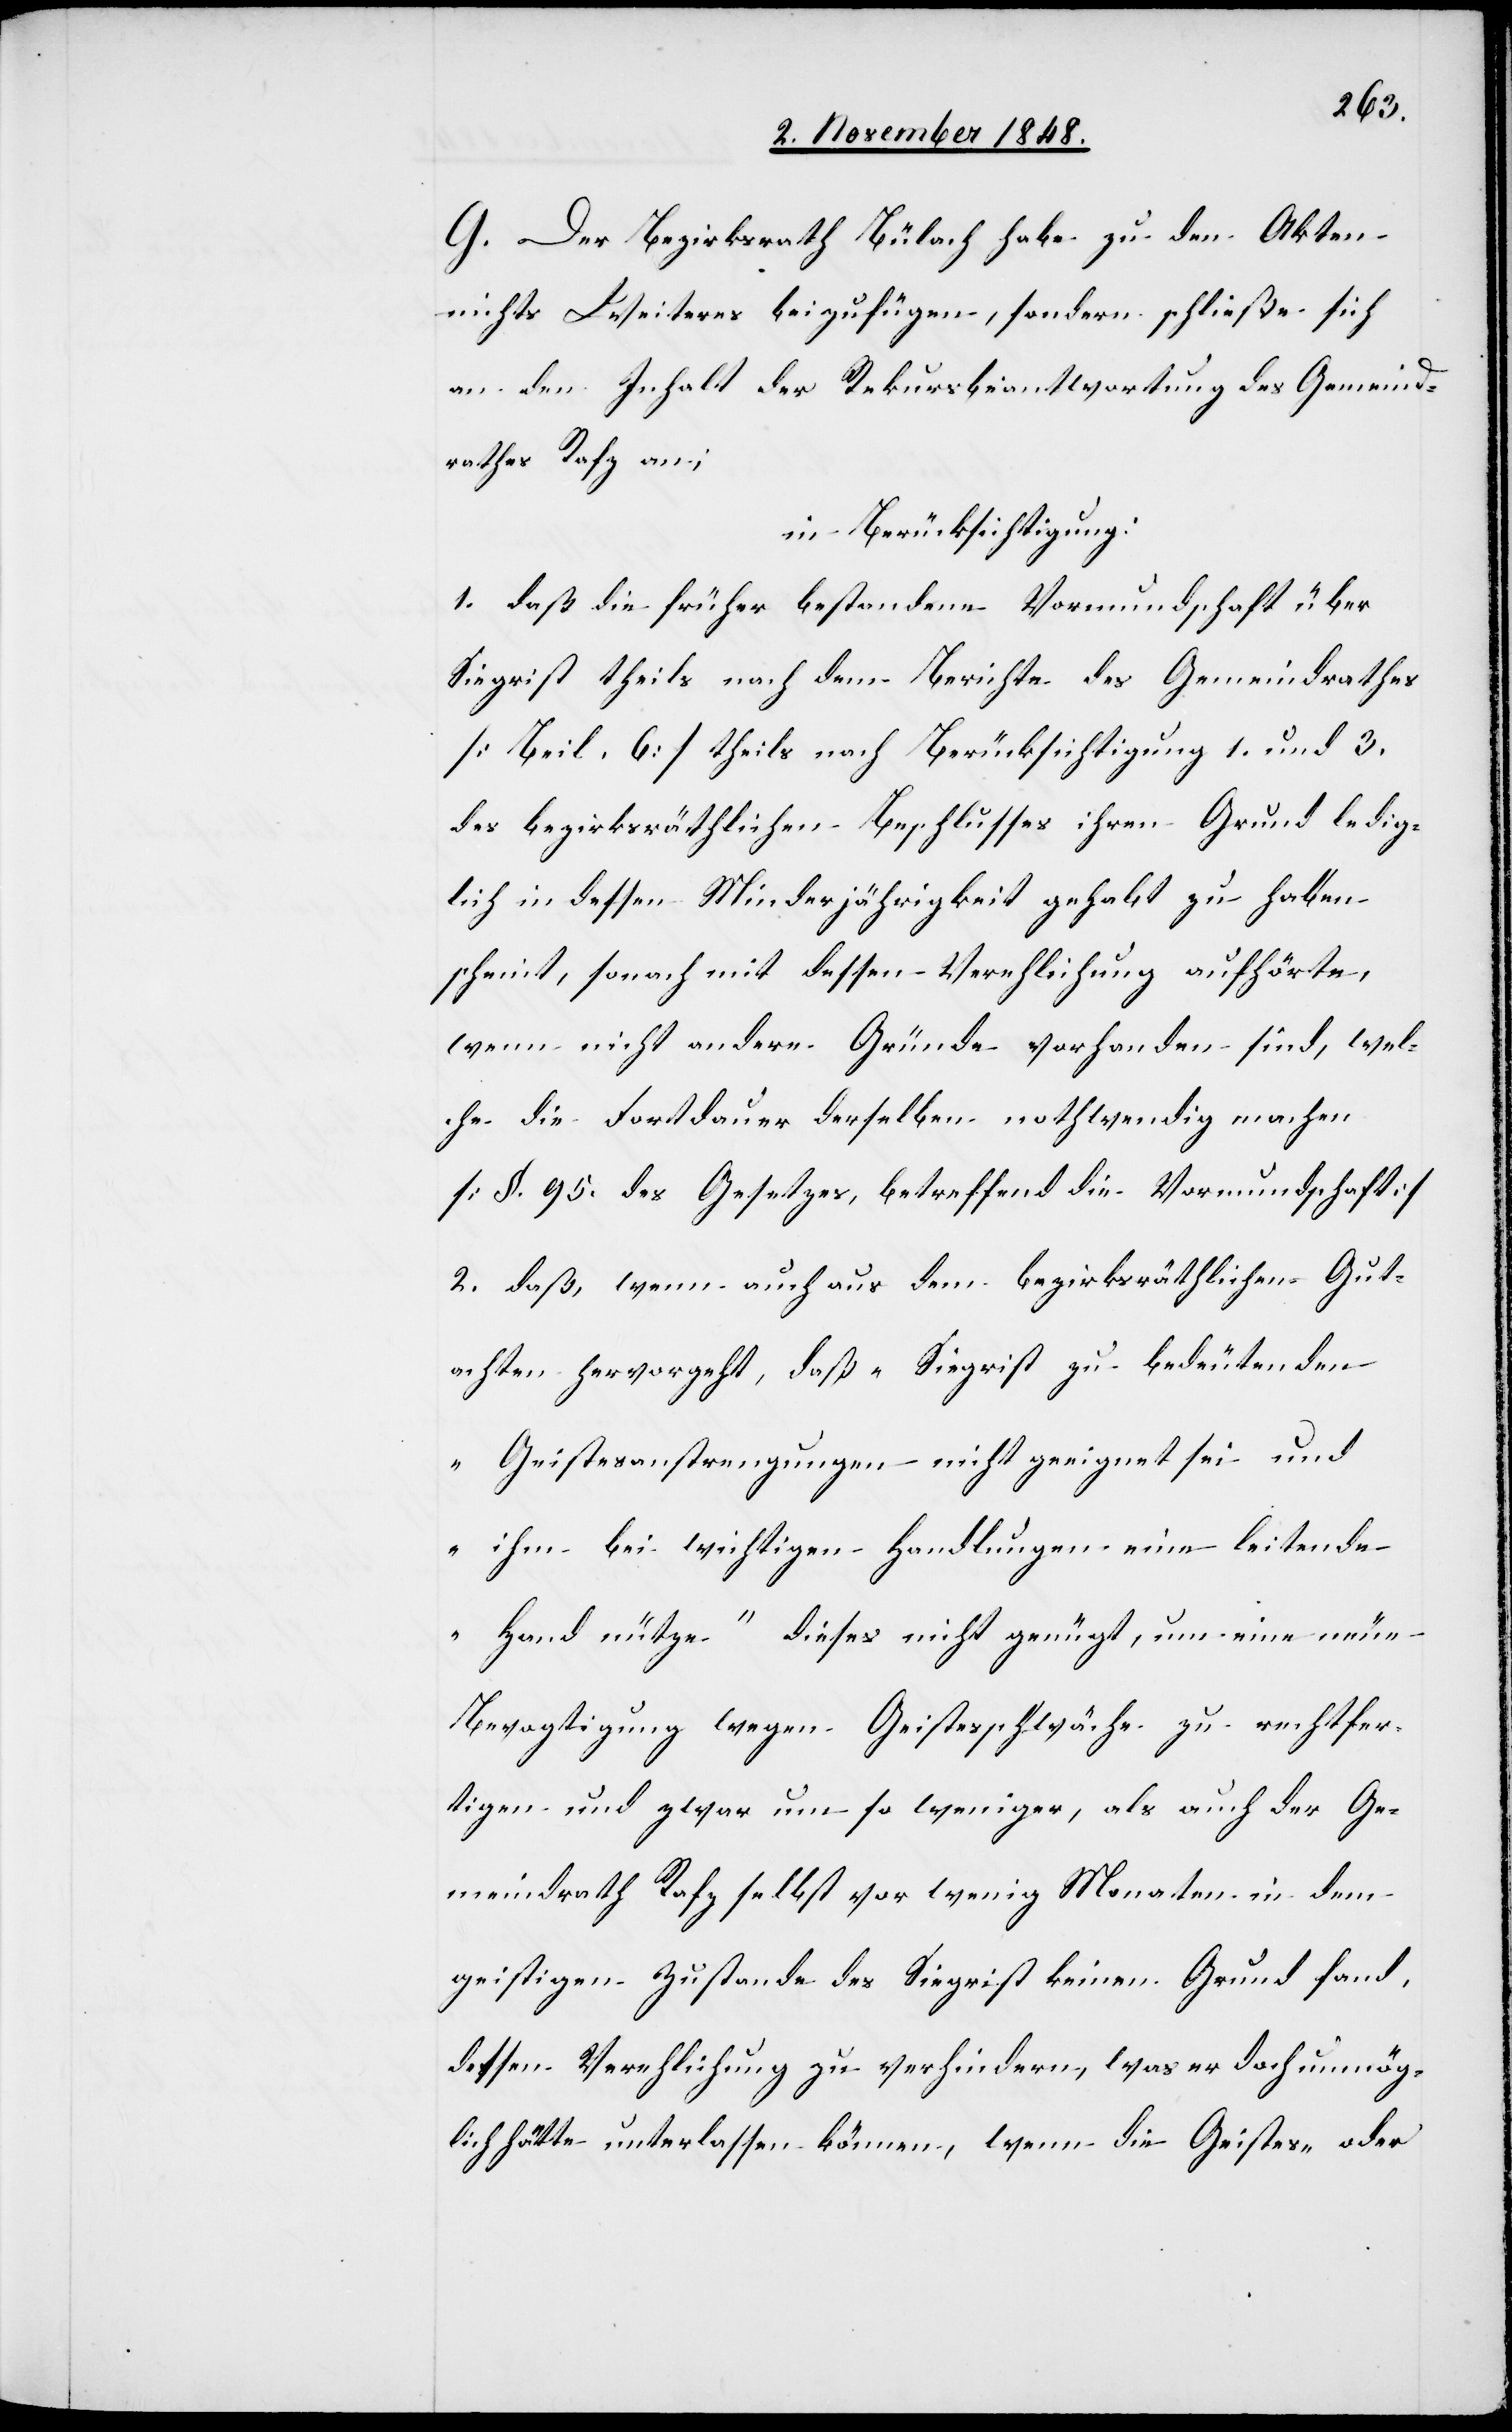
G. Der Bezirksrath Bülach habe zu den Akten
nichts Weiteres beizufügen, sondern schließe sich
an den Inhalt der Rekursbeantwortung des Gemeind¬
rathes Rafz an;
in Berücksichtigung:
1. daß die früher bestandene Vormundschaft über
Siegrist theils nach dem Berichte des Regierungsrathes
[Beil. 6.] theils nach Berücksichtigung 1. und 3.
des bezirksräthlichen Beschlusses ihren Grund ledig¬
lich in dessen Minderjährigkeit gehabt zu haben
scheint, sonach mit dessen Verehlichung aufhörte,
wenn nicht andere Gründe vorhanden sind, wel¬
che die Fortdauer derselben nothwendig machen
[§. 95. des Gesetzes, betreffend die Vormundschaft]
2. daß, wenn auch aus dem bezirksräthlichen Gut¬
achten hervorgeht, daß „Siegrist zu bedeutenden
Geistesanstrengungen nicht geeignet sei und
ihm bei wichtigen Handlungen eine leitende
Hand nütze“ dieses nicht genügt, um eine neue
Bevogtigung wegen Geistesschwäche zu rechtfer¬
tigen und zwar um so weniger, als auch der Ge¬
meindrath Rafz selbst vor wenig Monaten in dem
geistigen Zustande des Siegrist keinen Grund fand,
dessen Verehlichung zu verhindern, was er doch unmög¬
lich hätte unterlassen können, wenn die Geistes- oder